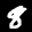
Label: 8